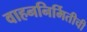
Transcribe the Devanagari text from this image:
वाहननिर्मितीची